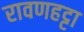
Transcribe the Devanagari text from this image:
रावणहट्टा